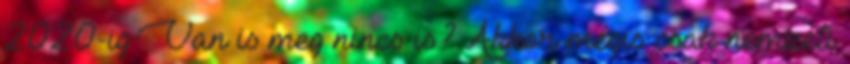
2020-ig.Van is meg nincs is? Akkor mégis csak nemzeti